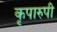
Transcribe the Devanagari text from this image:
कृपारुपी